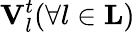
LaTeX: \mathbf{V}_{l}^{t}(\forall l\in\mathbf{L})